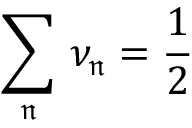
\sum _ { \mathfrak { n } } \, \nu _ { \mathfrak { n } } = \frac { 1 } { 2 }